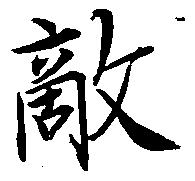
敵